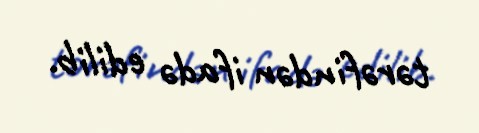
tərəfindən ifadə edilib.